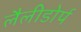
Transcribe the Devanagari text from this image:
लैलीडोर्प